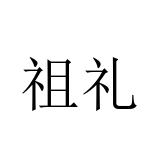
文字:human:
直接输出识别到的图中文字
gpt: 祖礼